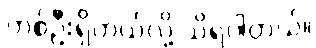
တစ်ဦးရှိတယ်လို့ သိရပါတယ်။